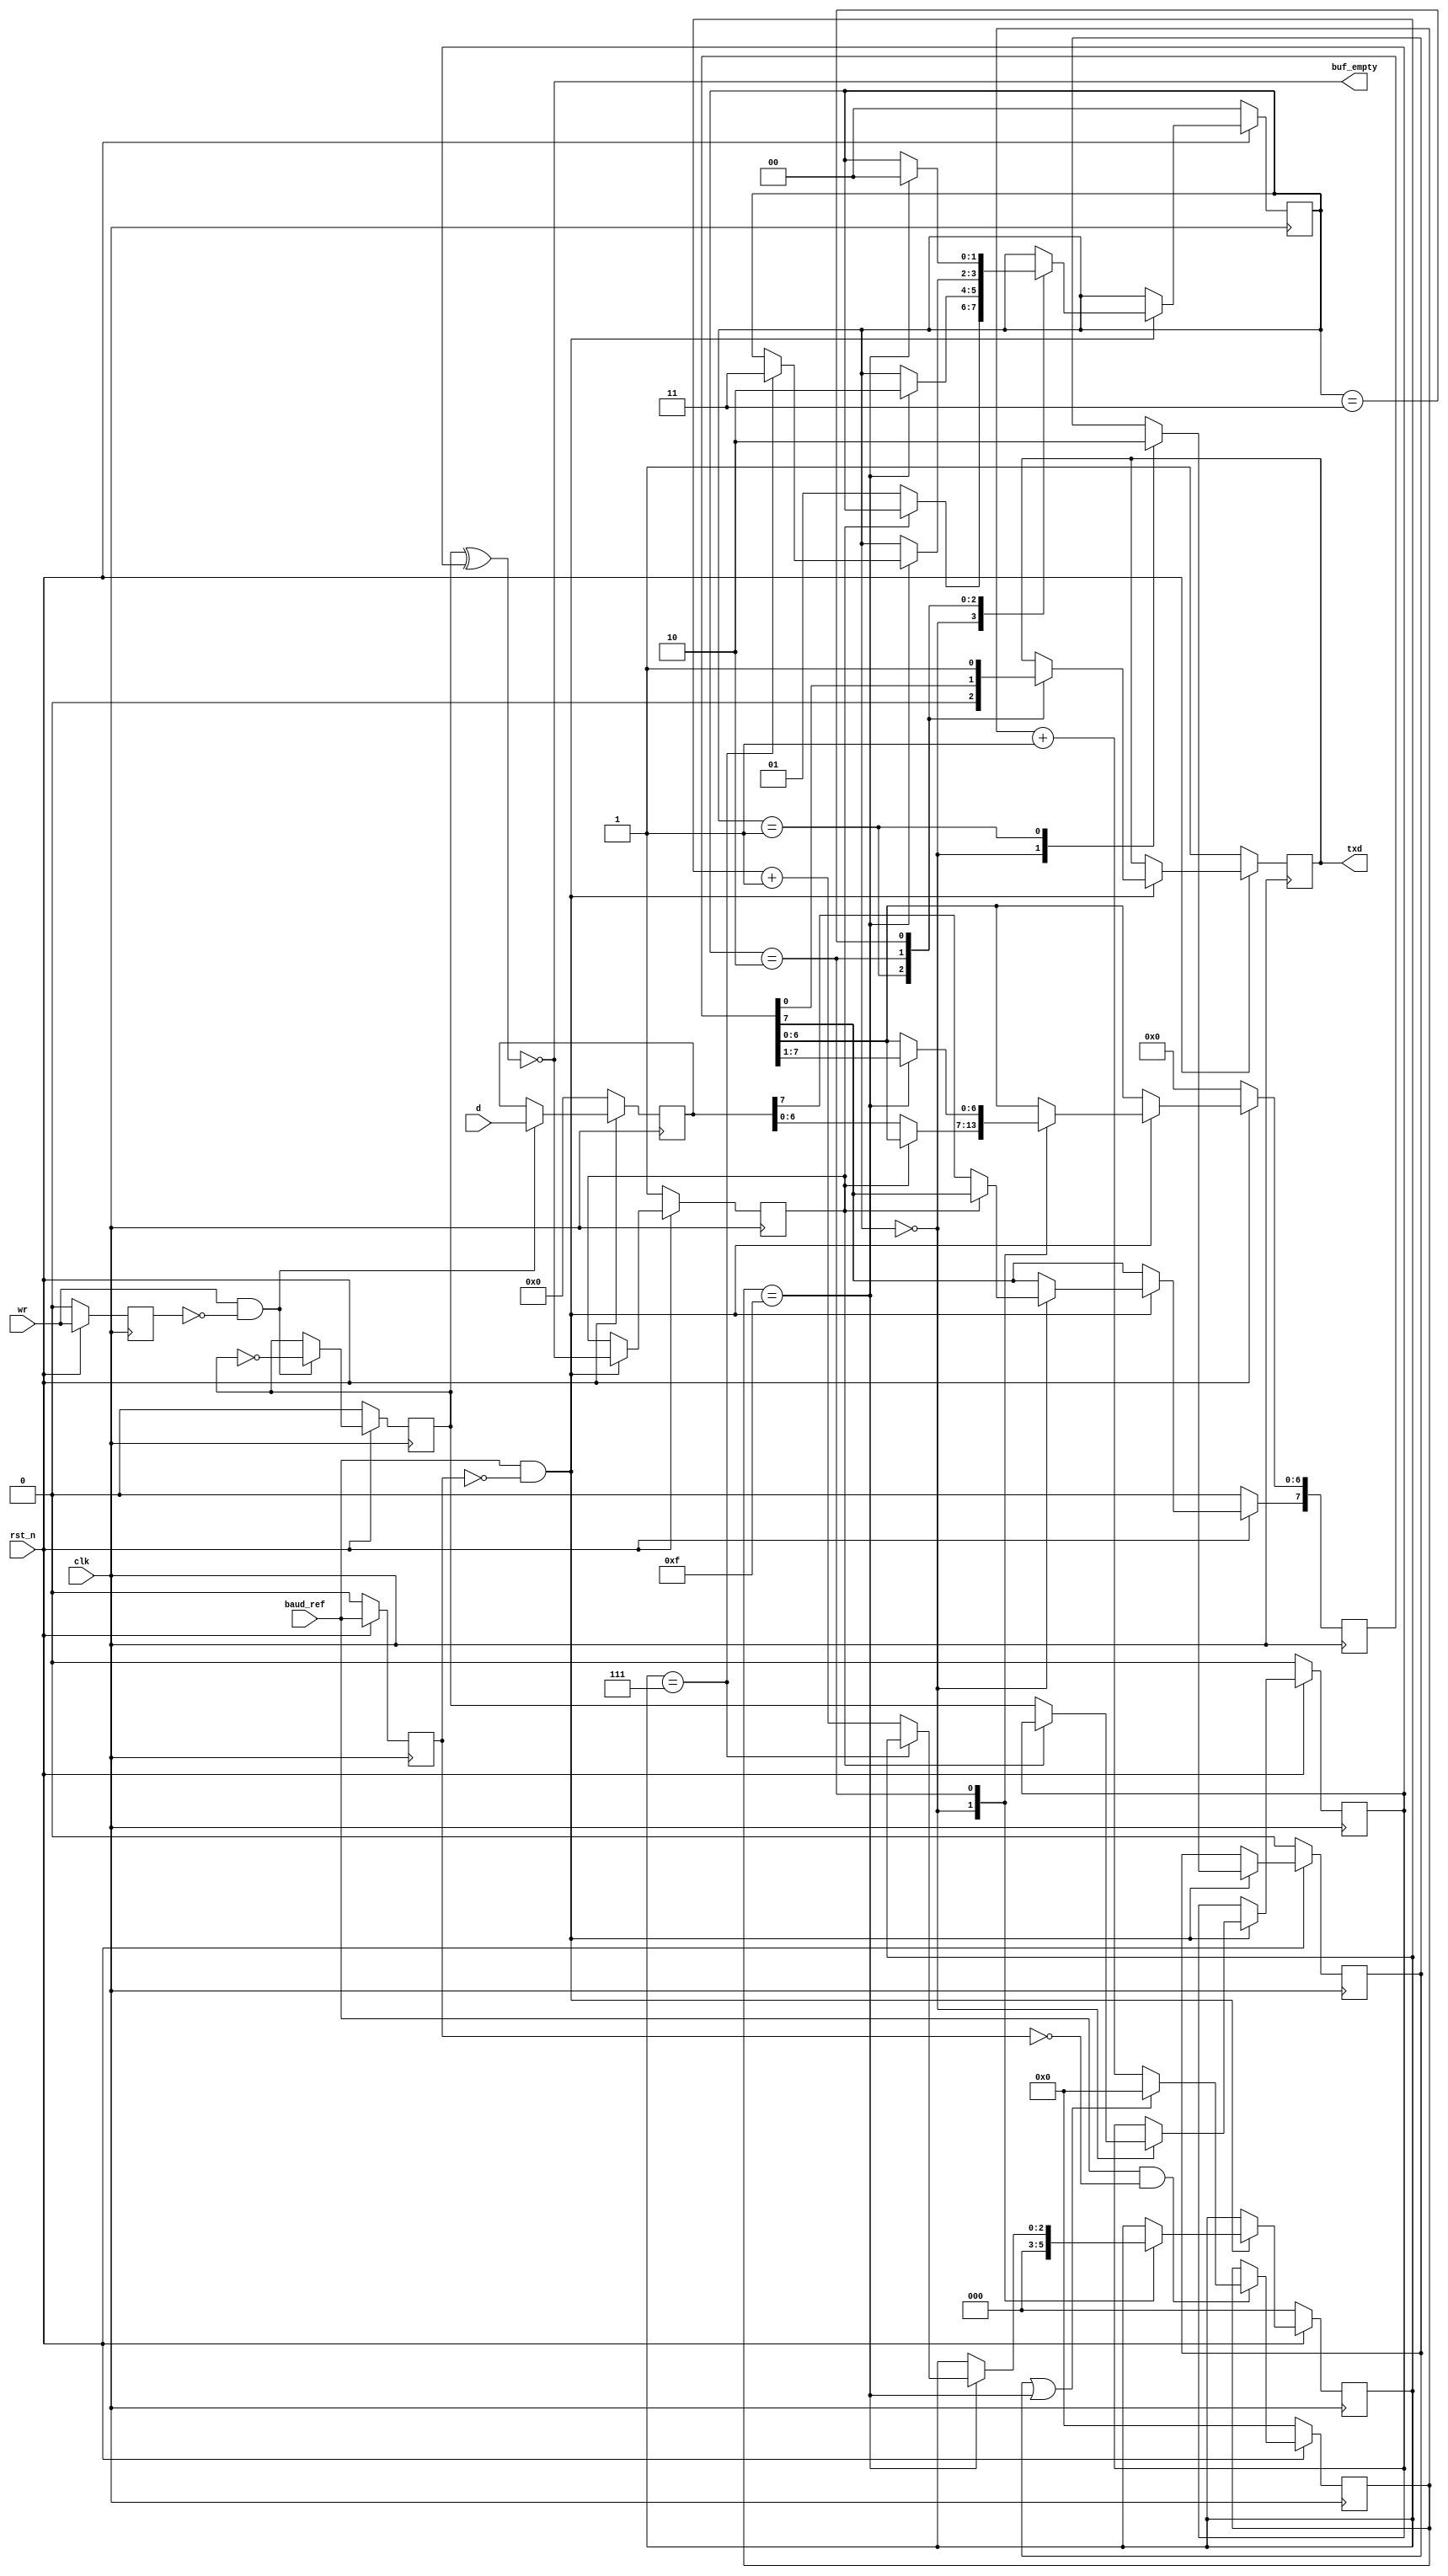
/*
================================================================================
lisa_tx8n:  Lisa Peripheral Design for TX 8bit No parity

Copyright 1998-2015 Ken Pettit

Redistribution and use in source and binary forms, with or without
modification, are permitted provided that the following conditions
are met:
1. Redistributions of source code must retain the above copyright
   notice, this list of conditions and the following disclaimer.
2. Redistributions in binary form must reproduce the above copyright
   notice, this list of conditions and the following disclaimer in the
   documentation and/or other materials provided with the distribution.

THIS SOFTWARE IS PROVIDED BY THE AUTHOR AND CONTRIBUTORS ``AS IS'' AND
ANY EXPRESS OR IMPLIED WARRANTIES, INCLUDING, BUT NOT LIMITED TO, THE
IMPLIED WARRANTIES OF MERCHANTABILITY AND FITNESS FOR A PARTICULAR PURPOSE
ARE DISCLAIMED.  IN NO EVENT SHALL THE AUTHOR OR CONTRIBUTORS BE LIABLE
FOR ANY DIRECT, INDIRECT, INCIDENTAL, SPECIAL, EXEMPLARY, OR CONSEQUENTIAL
DAMAGES (INCLUDING, BUT NOT LIMITED TO, PROCUREMENT OF SUBSTITUTE GOODS
OR SERVICES; LOSS OF USE, DATA, OR PROFITS; OR BUSINESS INTERRUPTION)
HOWEVER CAUSED AND ON ANY THEORY OF LIABILITY, WHETHER IN CONTRACT, STRICT
LIABILITY, OR TORT (INCLUDING NEGLIGENCE OR OTHERWISE) ARISING IN ANY WAY
OUT OF THE USE OF THIS SOFTWARE, EVEN IF ADVISED OF THE POSSIBILITY OF
SUCH DAMAGE.

Written April 8, 1998
Kenneth D. Pettit

Change Log:
================================================================================
*/

module lisa_tx8n
  (
   // Timing and reset inputs
   input  wire                clk,              // System clock 
   input  wire                rst_n,            // Active low reset

   input  wire                baud_ref,         // Baud Rate reference
   input  wire                wr,               // Write signal
   input  wire [7:0]          d,                // Input data

   output reg                 txd,              // Output serial data
   output wire                buf_empty
   );

   // ================================================
   // Internal signals
   // ================================================
   localparam [1:0] IDLE = 2'h0;
   localparam [1:0] SEND_START = 2'h1;
   localparam [1:0] SEND_BITS = 2'h2;
   localparam [1:0] SEND_STOP = 2'h3;
   
   reg  [1:0]        mode;                      // Current mode
   reg  [2:0]        bit_count;                 // Bits transmitted
   reg  [3:0]        clock_count;               // Clock counter
   reg               zero_clock;
   reg  [7:0]        shift;                     // Data shift register
   reg  [7:0]        dbuf;                      // Data buffer
   reg               s_buf_wr;                  // Buffer write signal
   reg               s_wr_edge;                 // Write edge detect
   reg               s_buf_sent;                // Sent signal
   reg               s_latch_be;                // Signal to latch buf empty
   reg               s_baud_edge;               // Baud_ref edge detect

   assign buf_empty = ~(s_buf_wr ^ s_buf_sent);

   // ================================================
   // Clocked block to generate clock count
   // ================================================
   always @(posedge clk)
   begin
      if (~rst_n)
      begin
         // Default to all input
         clock_count <= 4'h0;
         s_baud_edge <= 1'b0;
      end
      else
      begin
         // Create baud_ref edge etector
         s_baud_edge <= baud_ref;

         // Detect edge of baud_ref
         if (baud_ref & !s_baud_edge)
         begin
            if (zero_clock || (clock_count == 15))
               clock_count <= 0;
            else
               clock_count <= clock_count + 1;
         end
      end
   end

   // ================================================
   // Generate TX buffer logic
   // ================================================
   always @(posedge clk)
   begin
      if (~rst_n)
      begin
         dbuf <= 8'h0;
         s_buf_wr <= 1'b0;
         s_wr_edge <= 1'b0;
      end
      else
      begin
         // Latch data on rising wr signal
         if (wr & ~s_wr_edge)
         begin
            dbuf <= d;                          // Latch data
            s_buf_wr <= ~s_buf_wr;              // Recore latch condition
         end

         // Create edge detector
         s_wr_edge <= wr;
      end
   end

   // ================================================
   // Decode the registers
   // ================================================
   always @(posedge clk)
   begin
      if (~rst_n)
      begin
         mode <= IDLE;
         bit_count <= 3'h0;
         zero_clock <= 1'b0;
         shift <= 8'h0;
         txd <= 1'b1;
         s_buf_sent <= 1'b0;
         s_latch_be <= 1'b1;
      end
      else
      begin
         // Detect edge of baud_ref
         if (baud_ref & ~s_baud_edge)
         begin
            s_latch_be <= buf_empty;

            case (mode)
            // Wait for TX data to be available
            IDLE:
               begin
                  zero_clock <= 1'b1;
                  bit_count <= 3'h0;

                  // Wait for data in the data buffer
                  if (s_latch_be == 0)
                  begin
                     mode <= SEND_START;
                     shift <= dbuf;
                     s_buf_sent <= s_buf_wr;
                  end
               end

            SEND_START:
               begin
                  zero_clock <= 1'b0;           // Don't zero the clock
                  txd <= 1'b0;                  // Start bit
                  if (clock_count == 15)
                     mode <= SEND_BITS;
               end

            SEND_BITS:
               begin
                  txd <= shift[0];              // Send LSB of data
                  if (clock_count == 15)
                  begin
                     // Shift the data
                     shift[6:0] <= shift[7:1];

                     // Increment the bit counter
                     if (bit_count == 7)
                        mode <= SEND_STOP;
                     else
                        bit_count <= bit_count + 1;
                  end
               end

            SEND_STOP:
               begin
                  txd <= 1'b1;                  // STOP bit
                  if (clock_count == 15)
                     mode <= IDLE;
               end

            endcase
         end
      end
   end

endmodule